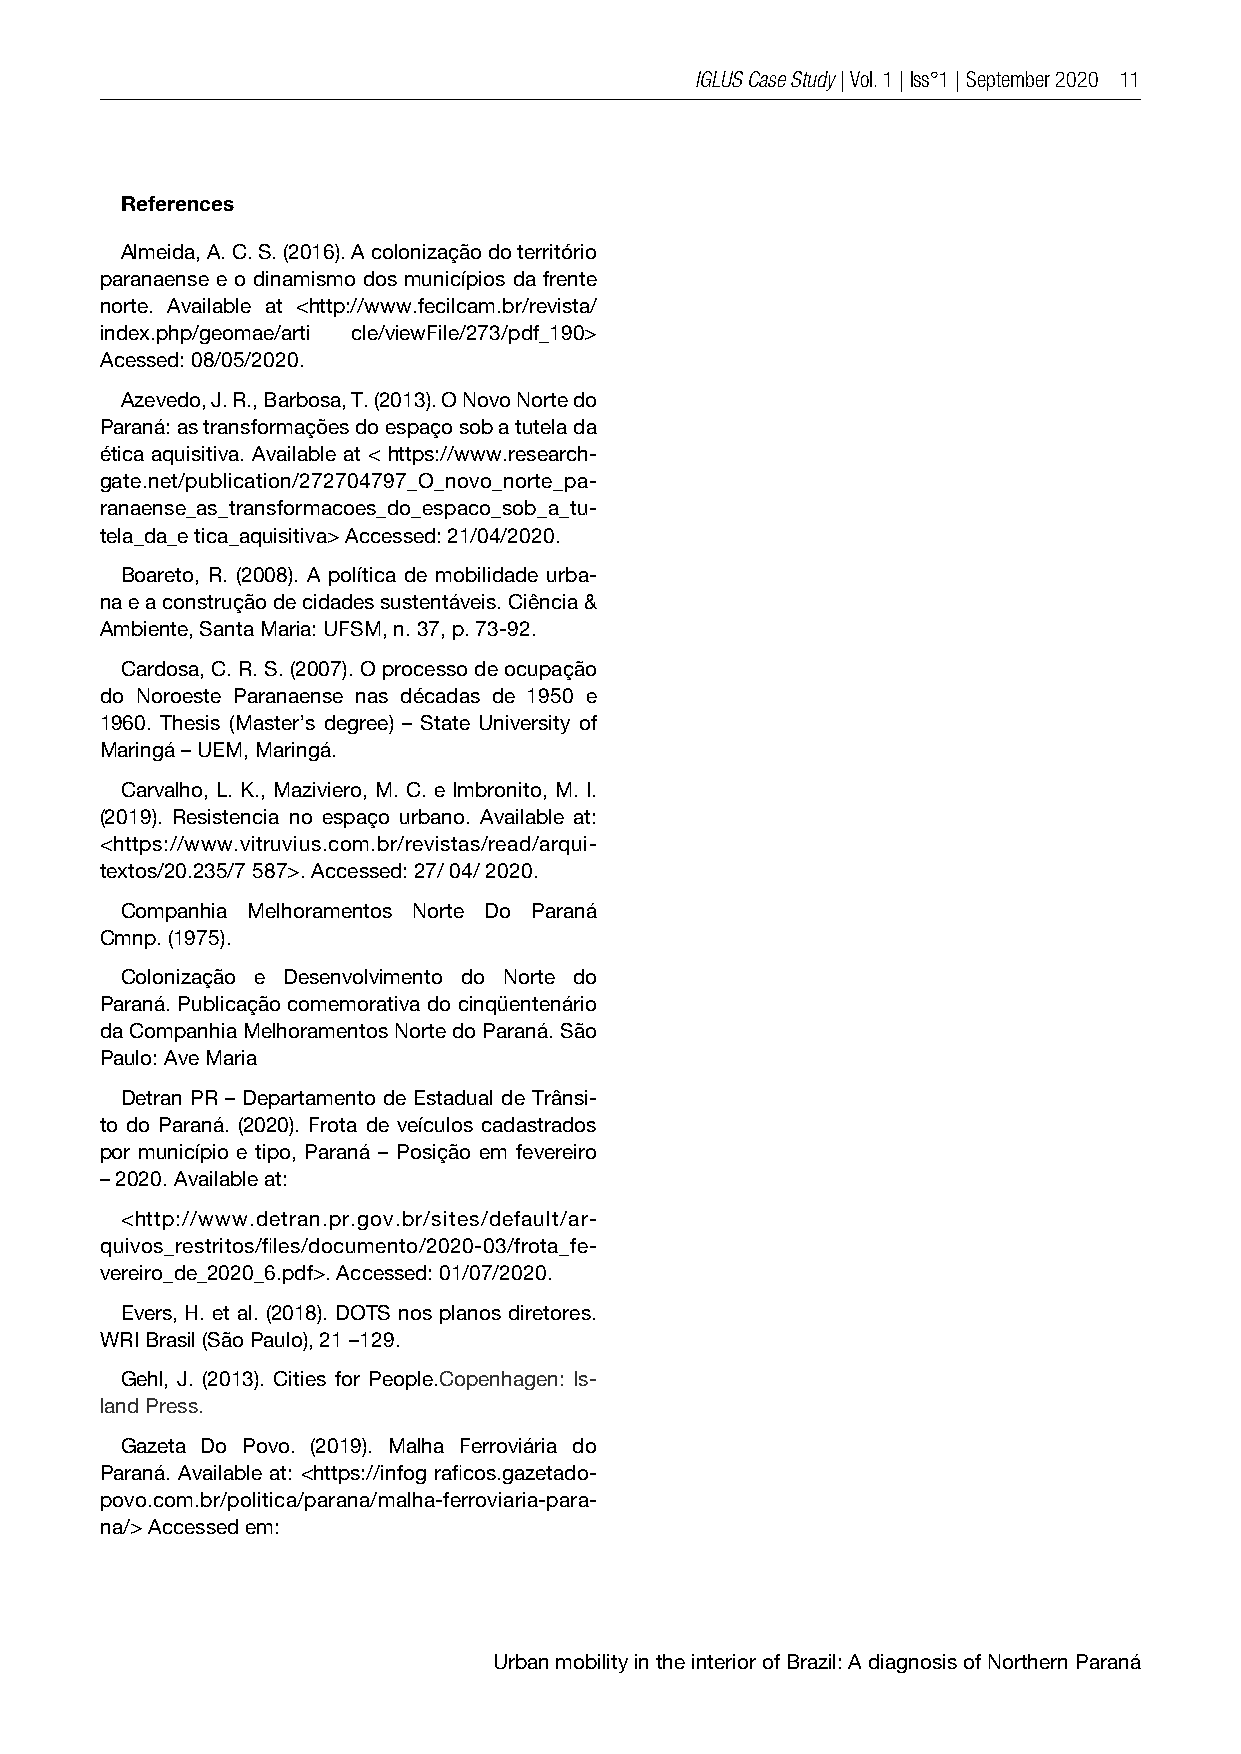
IGLUS Case Study | Vol. 1 | Iss°1 | September 2020 11
 References
 Almeida, A. C. S. (2016). A colonização do território
 paranaense e o dinamismo dos municípios da frente
 norte. Available at <http://www.fecilcam.br/revista/
 index.php/geomae/arti cle/viewFile/273/pdf_190>
 Acessed: 08/05/2020.
 Azevedo, J. R., Barbosa, T. (2013). O Novo Norte do
 Paraná: as transformações do espaço sob a tutela da
 ética aquisitiva. Available at < https://www.research-
 gate.net/publication/272704797_O_novo_norte_pa-
 ranaense_as_transformacoes_do_espaco_sob_a_tu-
 tela_da_e tica_aquisitiva> Accessed: 21/04/2020.
 Boareto, R. (2008). A política de mobilidade urba-
 na e a construção de cidades sustentáveis. Ciência &
 Ambiente, Santa Maria: UFSM, n. 37, p. 73-92.
 Cardosa, C. R. S. (2007). O processo de ocupação
 do Noroeste Paranaense nas décadas de 1950 e
 1960. Thesis (Master’s degree) – State University of
 Maringá – UEM, Maringá.
 Carvalho, L. K., Maziviero, M. C. e Imbronito, M. I.
 (2019). Resistencia no espaço urbano. Available at:
 <https://www.vitruvius.com.br/revistas/read/arqui-
 textos/20.235/7 587>. Accessed: 27/ 04/ 2020.
 Companhia Melhoramentos Norte Do Paraná
 Cmnp. (1975).
 Colonização e Desenvolvimento do Norte do
 Paraná. Publicação comemorativa do cinqüentenário
 da Companhia Melhoramentos Norte do Paraná. São
 Paulo: Ave Maria
 Detran PR – Departamento de Estadual de Trânsi-
 to do Paraná. (2020). Frota de veículos cadastrados
 por município e tipo, Paraná – Posição em fevereiro
 – 2020. Available at:
 <http://www.detran.pr.gov.br/sites/default/ar-
 quivos_restritos/files/documento/2020-03/frota_fe-
 vereiro_de_2020_6.pdf>. Accessed: 01/07/2020.
 Evers, H. et al. (2018). DOTS nos planos diretores.
 WRI Brasil (São Paulo), 21 –129.
 Gehl, J. (2013). Cities for People.Copenhagen: Is-
 land Press.
 Gazeta Do Povo. (2019). Malha Ferroviária do
 Paraná. Available at: <https://infog raficos.gazetado-
 povo.com.br/politica/parana/malha-ferroviaria-para-
 na/> Accessed em:
 Urban mobility in the interior of Brazil: A diagnosis of Northern Paraná